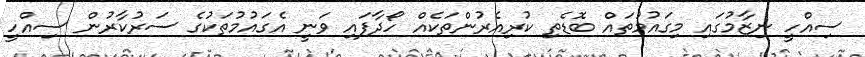
ސިއްހީ ނިޒާމުގައި މިގައުމުތައް ބޮޑެތި ކުރިއެރުންތަކެއް ހޯދާފައި ވަނީ އެގައުމުތަކުގެ ސަރުކާރުން ސިއްހީ